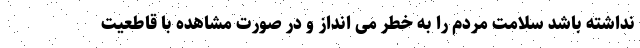
نداشته باشد سلامت مردم را به خطر می انداز و در صورت مشاهده با قاطعیت